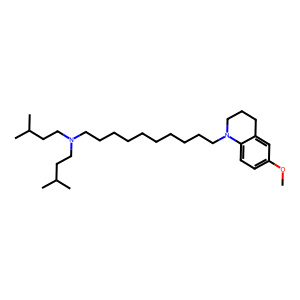
SMILES: COc1ccc2c(c1)CCCN2CCCCCCCCCCN(CCC(C)C)CCC(C)C
Inhibits HIV replication: No